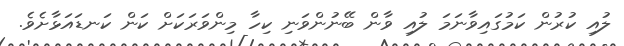
ލުއި ކުރުން ކަމުގައިވާނަމަ ލުއި ވާން ބޭނުންވަނި ކިހާ މިންވަރަކަށް ކަން ކަނޑައަޅާށެވެ.